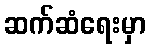
ဆက်ဆံရေးမှာ